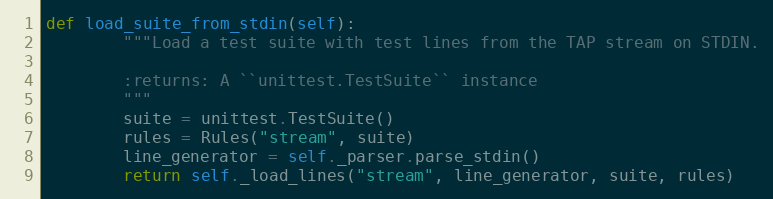
Language: Python
def load_suite_from_stdin(self):
        """Load a test suite with test lines from the TAP stream on STDIN.

        :returns: A ``unittest.TestSuite`` instance
        """
        suite = unittest.TestSuite()
        rules = Rules("stream", suite)
        line_generator = self._parser.parse_stdin()
        return self._load_lines("stream", line_generator, suite, rules)